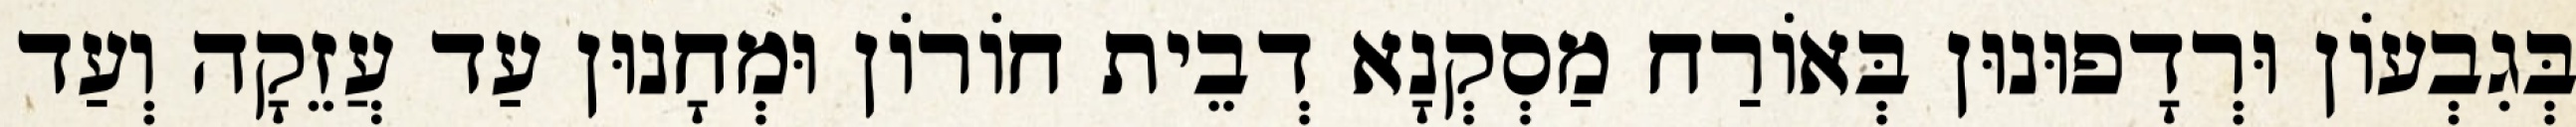
בְּגִבְעוֹן וּרְדָפוּנוּן בְּאוֹרַח מַסְקְנָא דְבֵית חוֹרוֹן וּמְחָנוּן עַד עֲזֵקָה וְעַד